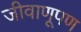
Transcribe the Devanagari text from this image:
जीवाणूपण